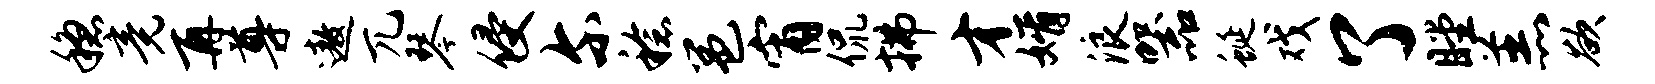
稳竟再尊遨兀琴侵尔稔邕宵侃拂才婿浪器蜒戏了瞠羔欲